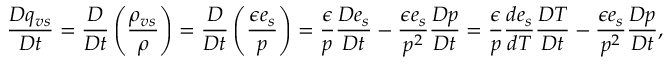
\frac { D q _ { v s } } { D t } = \frac { D } { D t } \left( \frac { \rho _ { v s } } { \rho } \right) = \frac { D } { D t } \left( \frac { \epsilon e _ { s } } { p } \right) = \frac { \epsilon } { p } \frac { D e _ { s } } { D t } - \frac { \epsilon e _ { s } } { p ^ { 2 } } \frac { D p } { D t } = \frac { \epsilon } { p } \frac { d e _ { s } } { d T } \frac { D T } { D t } - \frac { \epsilon e _ { s } } { p ^ { 2 } } \frac { D p } { D t } ,